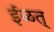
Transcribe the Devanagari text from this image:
ईळत्